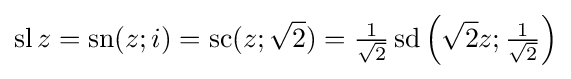
\operatorname {sl} z=\operatorname {sn} (z;i)=\operatorname {sc} (z;{\sqrt {2}})={{\tfrac {1}{\sqrt {2}}}\operatorname {sd} }\left({\sqrt {2}}z;{\tfrac {1}{\sqrt {2}}}\right)